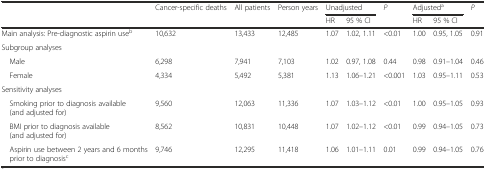
<table><thead><tr><td></td><td><b>Cancer-specific deaths</b></td><td><b>All patients</b></td><td><b>Person years</b></td><td colspan="2"><b>Unadjusted</b></td><td><b><i>P</i></b></td><td colspan="2"><b>Adjusted<sup>a</sup></b></td><td><b><i>P</i></b></td></tr><tr><td></td><td></td><td></td><td></td><td><b>HR</b></td><td><b>95 % CI</b></td><td></td><td><b>HR</b></td><td><b>95 % CI</b></td><td></td></tr></thead><tbody><tr><td>Main analysis: Pre-diagnostic aspirin use<sup>b</sup></td><td>10,632</td><td>13,433</td><td>12,485</td><td>1.07</td><td>1.02, 1.11</td><td>&lt;0.01</td><td>1.00</td><td>0.95, 1.05</td><td>0.91</td></tr><tr><td>Subgroup analyses</td><td></td><td></td><td></td><td></td><td></td><td></td><td></td><td></td><td></td></tr><tr><td> Male</td><td>6,298</td><td>7,941</td><td>7,103</td><td>1.02</td><td>0.97, 1.08</td><td>0.44</td><td>0.98</td><td>0.91–1.04</td><td>0.46</td></tr><tr><td> Female</td><td>4,334</td><td>5,492</td><td>5,381</td><td>1.13</td><td>1.06–1.21</td><td>&lt;0.001</td><td>1.03</td><td>0.95–1.11</td><td>0.53</td></tr><tr><td>Sensitivity analyses</td><td></td><td></td><td></td><td></td><td></td><td></td><td></td><td></td><td></td></tr><tr><td> Smoking prior to diagnosis available (and adjusted for)</td><td>9,560</td><td>12,063</td><td>11,336</td><td>1.07</td><td>1.03–1.12</td><td>&lt;0.01</td><td>1.00</td><td>0.95–1.05</td><td>0.93</td></tr><tr><td> BMI prior to diagnosis available (and adjusted for)</td><td>8,562</td><td>10,831</td><td>10,448</td><td>1.07</td><td>1.02–1.12</td><td>&lt;0.01</td><td>0.99</td><td>0.94–1.05</td><td>0.73</td></tr><tr><td> Aspirin use between 2 years and 6 months prior to diagnosis<sup>c</sup></td><td>9,746</td><td>12,295</td><td>11,418</td><td>1.06</td><td>1.01–1.11</td><td>0.01</td><td>0.99</td><td>0.94–1.05</td><td>0.76</td></tr></tbody></table>